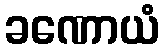
ခဏောယံ